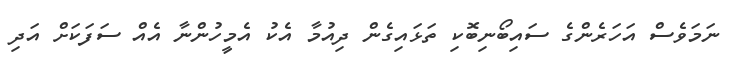
ނަމަވެސް އަހަރެންގެ ސައިބޯނިބޮކި ތަޅައިގެން ދިއުމާ އެކު އެމީހުންނާ އެއް ސަފަކަށް އަދި